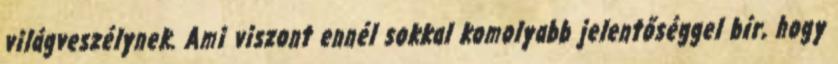
világveszélynek. Ami viszont ennél sokkal komolyabb jelentőséggel bír, hogy